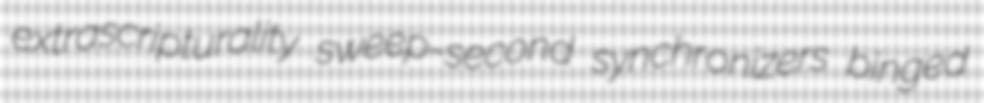
extrascripturality sweep-second synchronizers binged